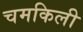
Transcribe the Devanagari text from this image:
चमकिली